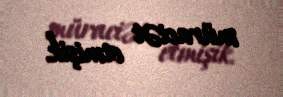
müraciət etmişik.